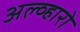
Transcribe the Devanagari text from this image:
अल्व्हारो